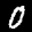
Label: 0